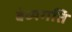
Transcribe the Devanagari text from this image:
बंध्यगति